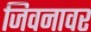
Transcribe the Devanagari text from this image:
जिवनावर